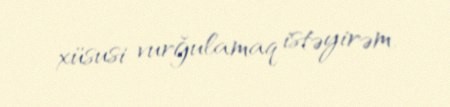
xüsusi vurğulamaq istəyirəm.